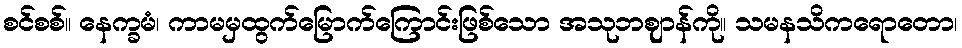
စင်စစ်။ နေက္ခမံ၊ ကာမမှထွက်မြောက်ကြောင်းဖြစ်သော အသုဘဈာန်ကို။ သမနသိကရောတော၊